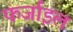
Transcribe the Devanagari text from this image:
फर्जाइल